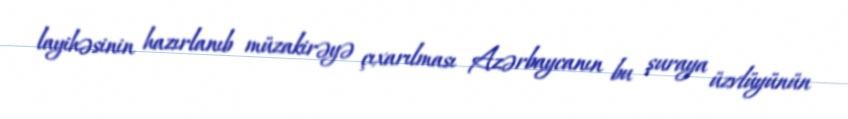
layihəsinin hazırlanıb müzakirəyə çıxarılması Azərbaycanın bu şuraya üzvlüyünün